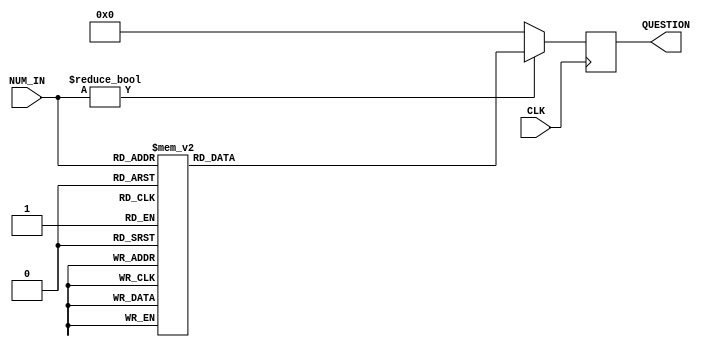
module DB (
    input  CLK,
    input  [3:0] NUM_IN, //0 ~ 11 ??
    output reg [23:0] QUESTION
);

 reg [23:0] Q_table[10:0];   //26bit?32?




 initial begin
    //QUESTION <= 24'b0;
    
    // Q_table[0] <=  24'b000000000000000000000000;
    //                 //000000110000?4bit????0000 0011 0000?????????????0,3,0????????????????????????
    // Q_table[1] <=  24'b000000100111001000100010;
    //                 //???00 ??=>27 ?? 3 3 3 - - -
    // Q_table[2] <=  24'b0000_0100_0010_000100100100;
    //                 //????01  101010 => 42  - - - 2 3 7=>1 2 4???  

    // Q_table[3] <=  24'b000000110000000100100011;
               
    // Q_table[4] <=  24'b000000100111001000100010;
                       
    // Q_table[5] <=  24'b000001000010000100100100;
                        

    // Q_table[6] <=  24'b000000110000000100100011;

    // Q_table[7] <=  24'b000000100111001000100010;

    // Q_table[8] <=  24'b000001000010000100100100;

    Q_table[0] <=  24'b0000_0000_0000_0000_0000_0000;
                    //0000001100004bit0000 0011 00000,3,0
    Q_table[1] <=  24'b0000_0010_0111_0010_0010_0010;//QUE > 27 ANS > 2 2 2
                    
    Q_table[2] <=  24'b0000_0100_0010_0100_0010_0001;//QUE > 42 ANS > 4 2 1

    Q_table[3] <=  24'b0000_0011_0000_0011_0010_0001;//QUE > 30 ANS > 3 2 1 
               
    Q_table[4] <=  24'b0011_0100_0011_0100_0100_0100;//QUE > 343 ANS > 4 4 4 
                       
    Q_table[5] <=  24'b0001_0110_0001_0000_1001_0100;//QUE > 161 ANS > 0 9 4                        

    Q_table[6] <=  24'b0001_1001_0101_0110_0011_0010;//QUE > 195 ANS > 6 3 2 

    Q_table[7] <=  24'b0000_0101_0111_0000_0100_0010;//QUE > 57 ANS > 0 8 2 

    Q_table[8] <=  24'b0010_0100_0111_0000_0100_0110;//QUE > 247 ANS > 0 8 6 

    Q_table[9] <=  24'b0000_0101_0001_0000_0111_0010;//QUE > 51 ANS > 0 7 2 

    Q_table[10] <=  24'b0001_0100_0100_0100_0010_0001;//QUE > 144 ANS > 8 2 1 

end



// always @(posedge CLK)begin
//   if(NUM_IN == 4'b0)begin
//     QUESTION <= Q_table[0];
//   end
//   else if(NUM_IN != 4'b0)begin
//     QUESTION <= Q_table[NUM_IN];
//   end
// end

always @(posedge CLK) begin
   if(NUM_IN != 4'b0)begin
      QUESTION <= Q_table[NUM_IN];
   end
   else begin
      QUESTION <= 24'b0;
   end
   
end


endmodule